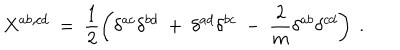
X ^ { a b , c d } ~ = ~ \frac { 1 } { 2 } \left( \delta ^ { a c } \delta ^ { b d } ~ + ~ \delta ^ { a d } \delta ^ { b c } ~ - ~ \frac { 2 } { m } \delta ^ { a b } \delta ^ { c d } \right) ~ .